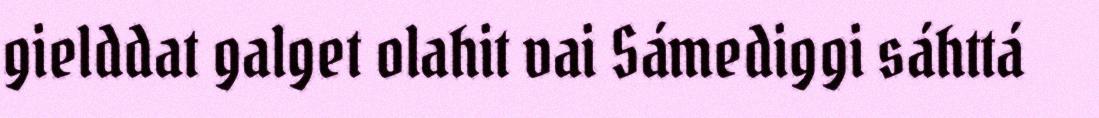
gielddat galget olahit vai Sámediggi sáhttá